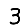
Digit: 3